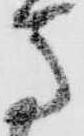
馬